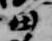
田